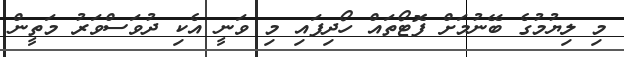
މި ލިޔުމުގެ ބޭނުމަށް ފޮޓޯތައް ހޯދިފައި މި ވަނީ އެކި ދުވަސްވަރު މަތީން